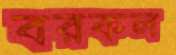
বরকল